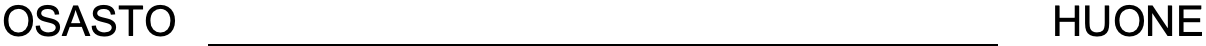
OSASTO                             HUONE